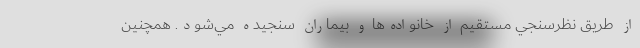
از طريق نظرسنجي مستقیم از خانواده‌ها و بيماران سنجیده مي‌شود. همچنین